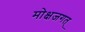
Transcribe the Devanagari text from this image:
मोक्षजगत्